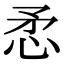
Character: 𢘅